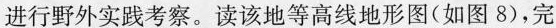
进行野外实践考察。读该地等高线地形图(如图8)，完